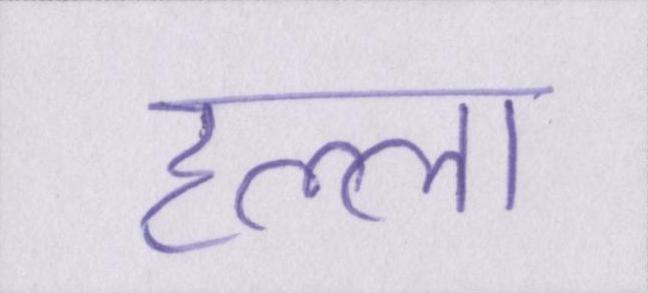
हल्ला